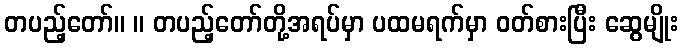
တပည့်တော်။ ။ တပည့်တော်တို့အရပ်မှာ ပထမရက်မှာ ဝတ်စားပြီး ဆွေမျိုး